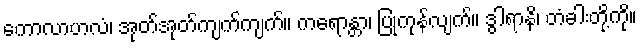
ကောလာဟလံ၊ အုတ်အုတ်ကျက်ကျက်။ ကရောန္တာ၊ ပြုကုန်လျက်။ ဒွါရာနိ၊ တံခါးတို့ကို။